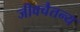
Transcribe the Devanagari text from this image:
जीवचैतन्य